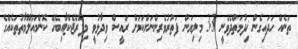
ތަނެއް ހަދައިގެން ޚިދުމަތްދެވެނީ 3.3 މިލިޔަން ފަތުރުވެރިންނަށްކަމަށް ރައީސް ވިދާޅުވީ މިޕޮރްޖެކްޓާއިބެހޭ ކޮންމައުލޫމާތުތަކެއްގެ